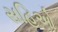
સહિઓ